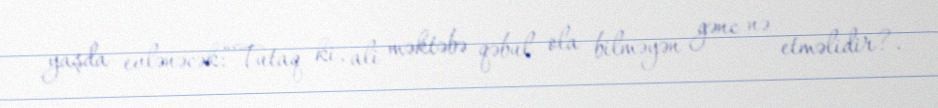
yaşda evlənəcək:“Tutaq ki, ali məktəbə qəbul ola bilməyən gənc nə etməlidir?.